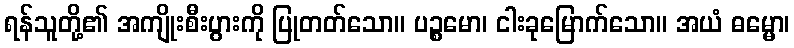
ရန်သူတို့၏ အကျိုးစီးပွားကို ပြုတတ်သော။ ပဉ္စမော၊ ငါးခုမြောက်သော။ အယံ ဓမ္မော၊